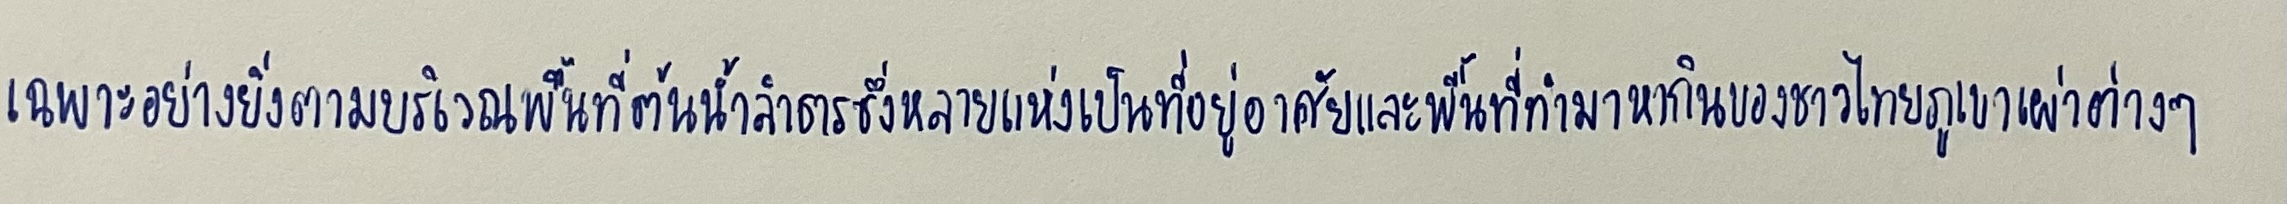
เฉพาะอย่างยิ่งตามบริเวณพื้นที่ต้นน้ำลำธารซึ่งหลายแห่งเป็นที่อยู่อาศัยและพื้นที่ทำมาหากินของชาวไทยภูเขาเผ่าต่างๆ